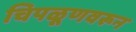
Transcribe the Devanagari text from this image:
चिपळूणवरून